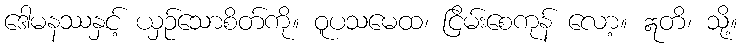
ဒေါမနဿနှင့် ယှဉ်သောစိတ်ကို။ ဝူပသမေထ၊ ငြိမ်းစေကုန် လော့။ ဣတိ၊ သို့။